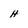
Character: H